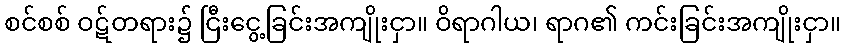
စင်စစ် ဝဋ်တရား၌ ငြီးငွေ့ခြင်းအကျိုးငှာ။ ဝိရာဂါယ၊ ရာဂ၏ ကင်းခြင်းအကျိုးငှာ။